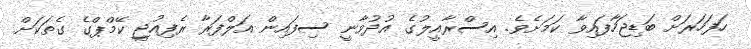
ހަފަހަރަށް ބަޑިޖަހާފައިވާ ކަމަށެވެ. އިސްރާއީލުގެ އުދުވާނީ ސިފައިން އަލްފަރާ ރެފިއުޖީ ކޭމްޕްގެ ގެތަކަށް